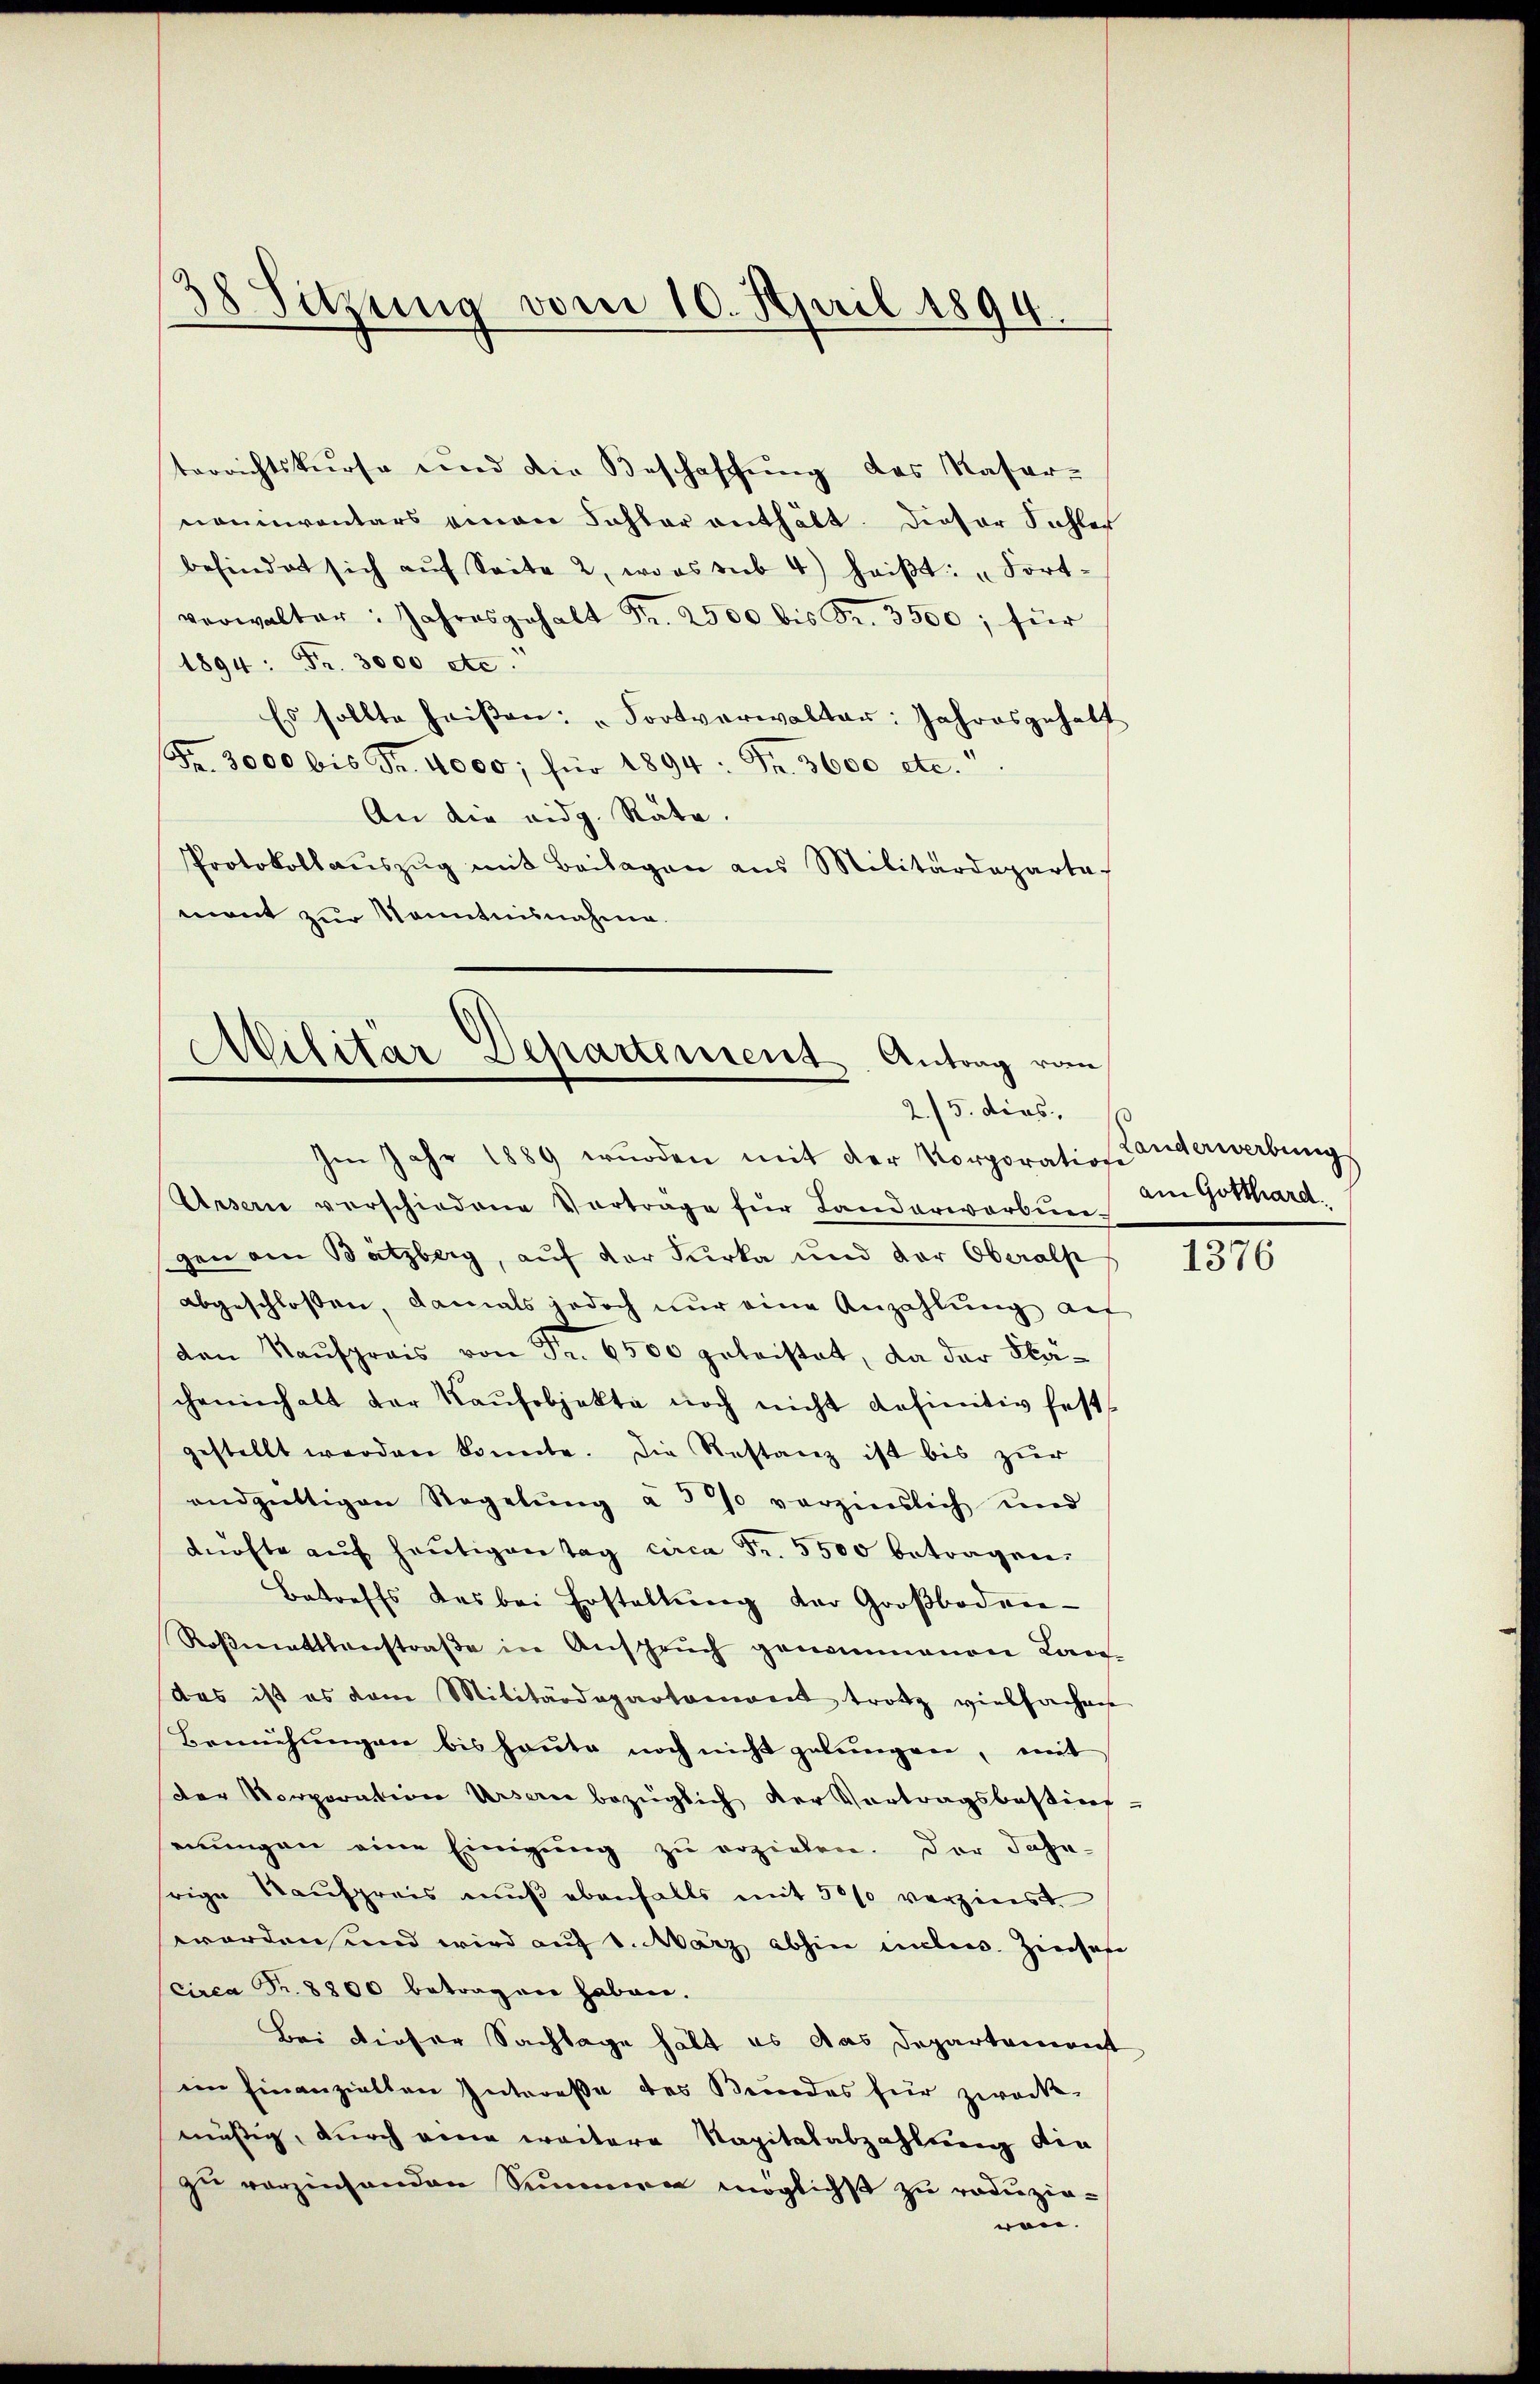
38 Sitzung vom 10. April 1894.

terrichtskurse und die Beschaffŭng des Kaser-
nominventars einen Fahler enthält. Dieser Fohler
befindet sich aŭf Seite 2, woos sub 4) heiβt: „Fort-
verwalter: Jahresgehalt Fr. 2500 bis Fr. 3500; für
1894: Fr. 3000 etc.
Es sollte heißen: "Fortverwalter: Jahresgehalt
Fr. 3000 bis Fr. 4000; für 1894: Fr. 3600 etc.
An die eidg. Räte.
Protokollaŭszŭg mit Beilagen aus Militärdeparta
mont zur Kenntnisnahme.

Militär Departement Antrag vom
2./5. dies
Im Jahr 1889 wurden mit der Korporation anderwerbung

Ursern verschiedene Vortrage für Landerwarbŭer-
gen am Batzberg, auf der Furka und der Oberalp
abgeschlossen, damals jedoch nur eine Anzahlŭng auf
den Kaufpreis von Fr. 6500 potristet, da der Klächeninhalt der Kaŭfobjekte noch nicht definitiv fest-
gestellt werden könnte. Die Restanz ist bis zŭr
endgültigen Regelŭng à 370 verzinslich und
dürfte aŭf heŭtigen Tag circa Fr. 5500 betragen.
Betreffs das bei Erstellung der Großboden-
Roβmattsanstraβe in Ansprŭch genommenen Lan
das ist es dem Militärdepartamant trotz vielfachen
Bemühungen bis heute noch nicht gelungen, mit
der Korporation Ursern bezüglich der Vortragsbestins-
serungen eine Einigung zu erzielen. Der Jahn-
srige Kaŭfpreis mŭβ ebenfalls mit 5000 verzinst
worden und wird auf 1. März abhin inten. Zinsere
circa Fr. 8800 betragen haben.
Bei dieser Sachlage hält es das Departement
im Einanziellen Intereße des Kundes für zweck-
mäßig, durch eine weitere Napitalabzahlung die
zu verzinsenden Summen möglichs zu reduzie-
von.

am Gotthard.

1376